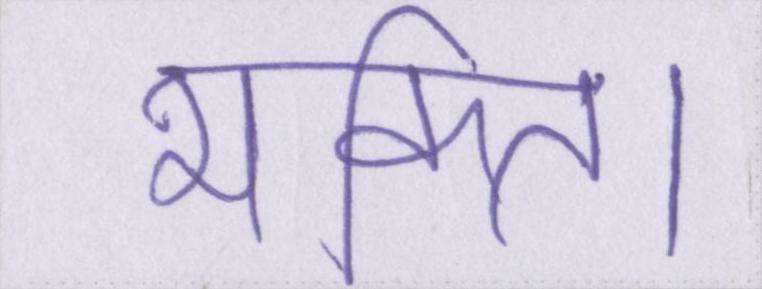
भक्ति।